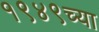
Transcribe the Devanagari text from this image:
१९४९च्या